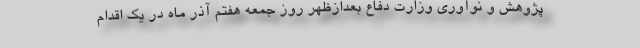
پژوهش و نوآوری وزارت دفاع بعدازظهر روز جمعه هفتم آذر ماه در یک اقدام